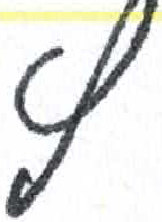
אות: ץ